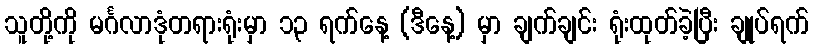
သူတို့ကို မင်္ဂလာဒုံတရားရုံးမှာ ၁၃ ရက်နေ့ (ဒီနေ့) မှာ ချက်ချင်း ရုံးထုတ်ခဲ့ပြီး ချုပ်ရက်